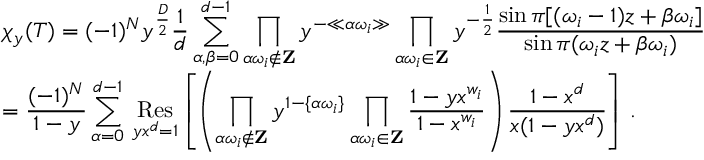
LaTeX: \begin{array} { l l } { { } } & { { \displaystyle \chi _ { y } ( T ) = ( - 1 ) ^ { N } y ^ { \frac { D } { 2 } } \frac { 1 } { d } \sum _ { \alpha , \beta = 0 } ^ { d - 1 } \prod _ { \alpha \omega _ { i } \not \in { \bf Z } } y ^ { - \ll \alpha \omega _ { i } \gg } \prod _ { \alpha \omega _ { i } \in { \bf Z } } y ^ { - \frac { 1 } { 2 } } \frac { \sin \pi [ ( \omega _ { i } - 1 ) z + \beta \omega _ { i } ] } { \sin \pi ( \omega _ { i } z + \beta \omega _ { i } ) } } } \\ { { } } & { { \displaystyle = \frac { ( - 1 ) ^ { N } } { 1 - y } \sum _ { \alpha = 0 } ^ { d - 1 } \, \mathop { \mathrm { R e s } } _ { y x ^ { d } = 1 } \left[ \left( \prod _ { \alpha \omega _ { i } \not \in { \bf Z } } y ^ { 1 - \{ \alpha \omega _ { i } \} } \prod _ { \alpha \omega _ { i } \in { \bf Z } } \frac { 1 - y x ^ { w _ { i } } } { 1 - x ^ { w _ { i } } } \right) \frac { 1 - x ^ { d } } { x ( 1 - y x ^ { d } ) } \right] \, . \nonumber } } \end{array}